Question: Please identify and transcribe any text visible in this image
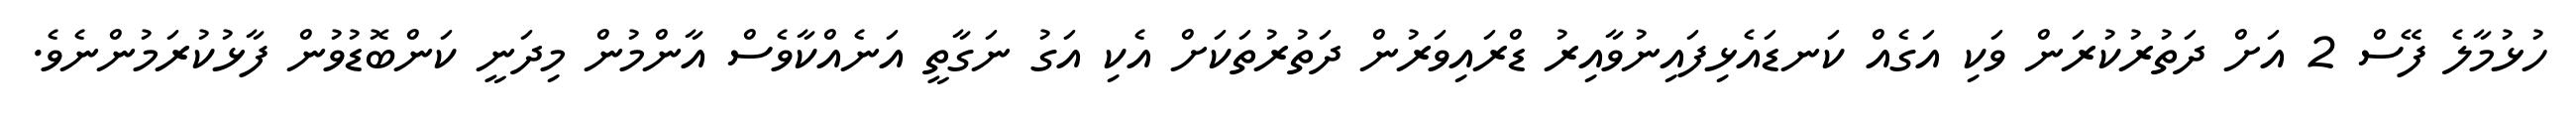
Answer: ހުޅުމާލެ ފޭސް 2 އަށް ދަތުރުކުރަން ވަކި އަގެއް ކަނޑައެޅިފައިނުވާއިރު ޑްރައިވަރުން ދަތުރުތަކަށް އެކި އަގު ނަގާތީ އަނެއްކާވެސް އާންމުން މިދަނީ ކަންބޮޑުވުން ފާޅުކުރަމުންނެވެ.